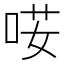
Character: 𠴑